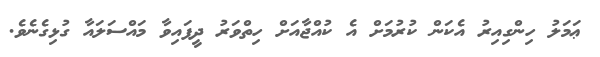
ޢަމަލު ހިންގިއިރު އެކަން ކުރުމަށް އެ ކުއްޖާއަށް ހިތްވަރު ދީފައިވާ މައްސަލައާ ގުޅިގެނެވެ.